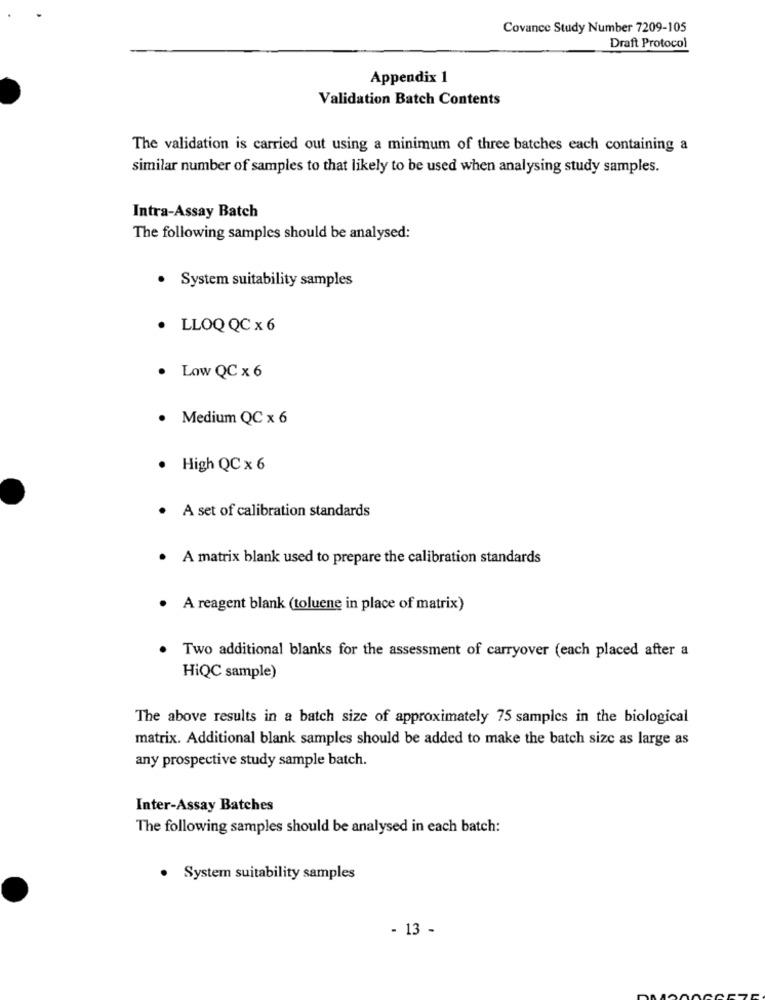
Covance Study Number 7209-105
Draft Protocol
Appendix 1
Validation Batch Contents
The validation is carried out using a minimum of three batches each containing a
similar number of samples to that likely to be used when analysing study samples.
Intra-Assay Batch
The following samples should be analysed:
· System suitability samples
. LLOQQC × 6
Low QC x 6
Medium QC x 6
High QC x 6
A set of calibration standards
. A matrix blank used to prepare the calibration standards
A reagent blank (toluene in place of matrix)
Two additional blanks for the assessment of carryover (each placed after a
HiQC sample)
The above results in a batch size of approximately 75 samples in the biological
matrix. Additional blank samples should be added to make the batch size as large as
any prospective study sample batch.
Inter-Assay Batches
The following samples should be analysed in each batch:
. System suitability samples
- 13 -